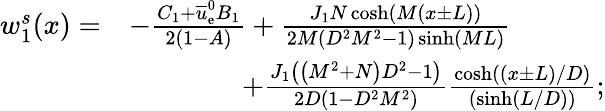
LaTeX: \begin{array}{rl}{w_{1}^{s}(x)=}&{-\frac{C_{1}+\overline{{u}}_{\mathrm{e}}^{0}B_{1}}{2(1-A)}+\frac{J_{1}N\cosh\left(M(x\pm L)\right)}{2M\left({D}^{2}{M}^{2}-1\right)\sinh\left(ML\right)}}\\ &{\qquad\qquad+\frac{J_{1}\left(\left({M}^{2}+N\right){D}^{2}-1\right)}{2D(1-{D}^{2}{M}^{2})}\frac{\cosh\left((x\pm L)/D\right)}{\left(\sinh\left(L/D\right)\right)};}\end{array}